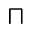
\sqcap